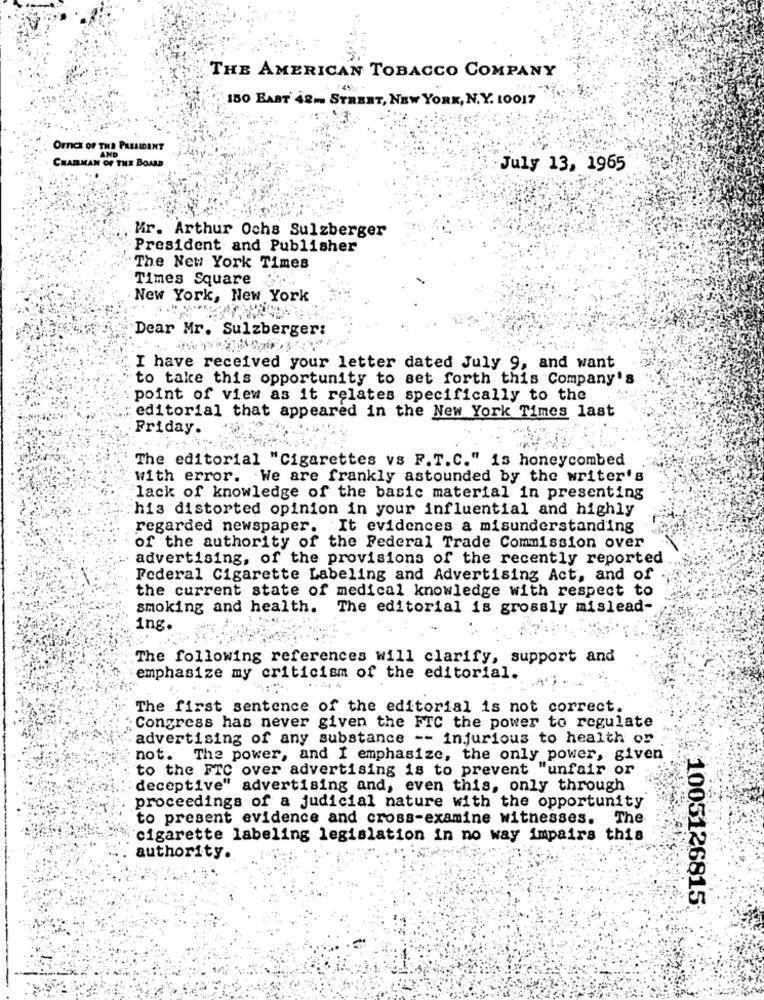
THE AMERICAN TOBACCO COMPANY
150 BAST 42- STREET, NEW YORK, N. Y. 10017
OFFICE OF THE PRESIDENT
AND
CHARMAN OF THE BOARD
July 13, 1965
Mr. Arthur Ochs Sulzberger
President and Publisher
The New York Times
Times Square
New York, New York
Dear Mr. Sulzberger:
I have received your letter dated July 9, and want
to take this opportunity to set forth this Company's
point of view as it relates specifically to the
editorial that appeared in the New York Times last
Friday.
The editorial "Cigarettes vs F.T.C." is honeycombed
with error. We are frankly astounded by the writer's
"lack of knowledge of the basic material in presenting
his distorted opinion in your influential and highly
regarded newspaper. It evidences a misunderstanding
of the authority of the Federal Trade Commission over
:advertising, of the provisions of the recently reported
Federal Cigarette Labeling and Advertising Act, and of
the current state of medical knowledge with respect to
smoking and health. The editorial is grossly mislead-
ing.
The following references will clarify, support and
emphasize my criticism of the editorial.
The first sentence of the editorial is not correct.
Congress has never given the FTC the power to regulate
advertising of any substance -- injurious to health or
not. The power, and I emphasize, the only power, given
to the FTC over advertising is to prevent "unfair or
deceptive" advertising and, even this, only through
proceedings of a judicial nature with the opportunity
to present evidence and cross-examine witnesses. The
cigarette labeling legislation in no way impairs this
authority.
1005126815